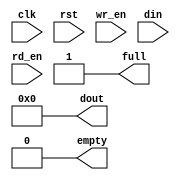
module fifo #(
    parameter data_width = 8,
    parameter fifo_depth = 32,
    parameter addr_width = $clog2(fifo_depth)
) (
    input clk, rst,

    // Write side
    input wr_en,
    input [data_width-1:0] din,
    output full,

    // Read side
    input rd_en,
    output [data_width-1:0] dout,
    output empty
);
    assign full = 1'b1;
    assign empty = 1'b0;
    assign dout = 0;
endmodule